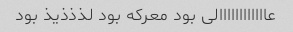
عاااااااااااالی بود معرکه بود لذذذیذ بود